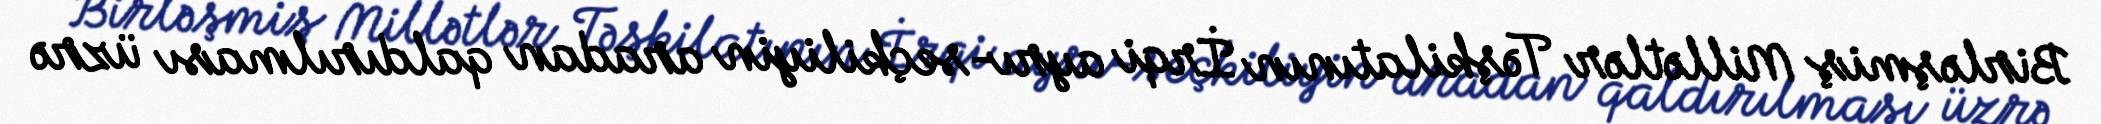
Birləşmiş Millətlər Təşkilatının İrqi ayrı-seçkiliyin aradan qaldırılması üzrə